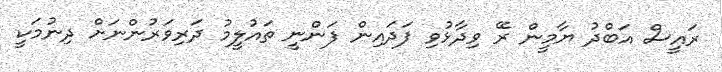
ރައީސް އަބްދު ޔާމީން ރޭ ވިދާޅުވި ފަދައިން ފަންނީ ތައުލީމު ދަރިވަރުންނަށް ދިނުމަކީ